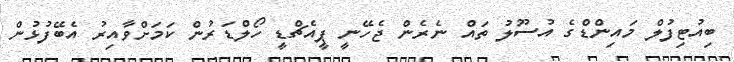
ބިއުޓިފުލް މައިންޑްގެ އުސޫލު ތައް ނެރެން ޖެހޭނީ ޕީއެޗްޑީ ހޯލްޑަރުން ކަމަށްވާއިރު އެބޭފުޅުން